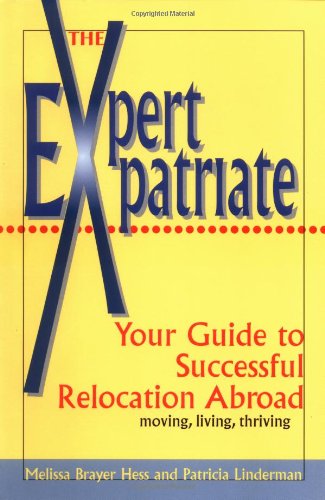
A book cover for Expert Expatriate: Your Guide to Successful Relocation Abroad--Moving, Living, Thriving; Melissa Brayer Hess; Travel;